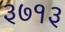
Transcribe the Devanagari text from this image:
३७१३